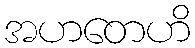
အဟတေဟိ